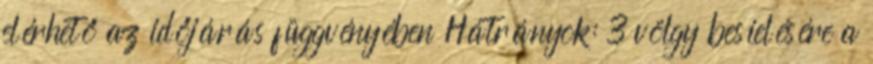
elérhető az időjárás függvényében Hátrányok: 3 völgy besíelésére a